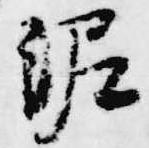
泥